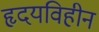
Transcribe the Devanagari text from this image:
हृदयविहीन